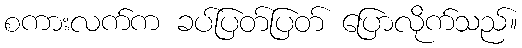
စကားလက်က ခပ်ပြတ်ပြတ် ပြောလိုက်သည်။